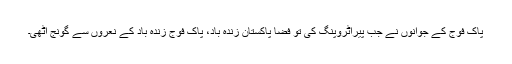
پاک فوج کے جوانوں نے جب پیراٹروپنگ کی تو فضا پاکستان زندہ باد، پاک فوج زندہ باد کے نعروں سے گونج اٹھی۔